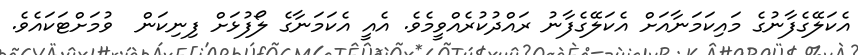
އެކަލޭގެފާނުގެ މައިކަމަނާއަށް އެކަލޭގެފާނު ރައްދުކުރެއްވީމެވެ. އެއީ އެކަމަނާގެ ލޯފުޅަށް ފިނިކަން  ވުމަށްޓަކައެވެ.